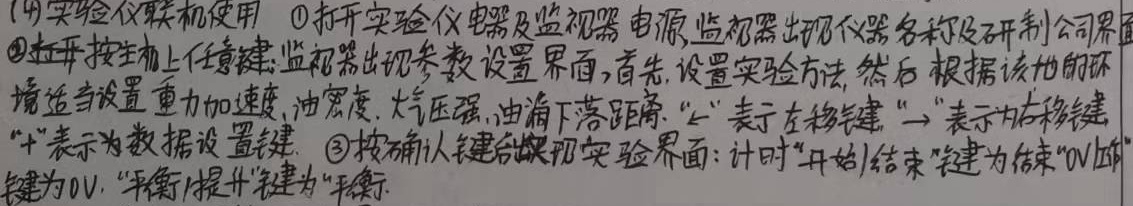
(4) 实验仪联机使用：
\textcircled{1}打开实验仪器及监视器电源，监视器出现仪器名称及研制公司界面。
\textcircled{2}拉开按主机上任意键，监视器出现参数设置界面，首先，设置实验方法，然后根据该地的环境适当设置重力加速度、油密度、大气压强、油滴下落距离。“←”表示左移键，“→”表示为右移键，“+”表示为数据设置键。
\textcircled{3}按确认键后出现实验界面：计时“开始/结束”键为结束，“0V/”键为0V，“平衡/提升”键为“平衡”。